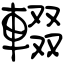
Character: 輟